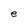
Character: e